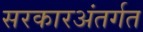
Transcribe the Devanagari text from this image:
सरकारअंतर्गत